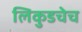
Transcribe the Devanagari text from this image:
लिकुडचेच